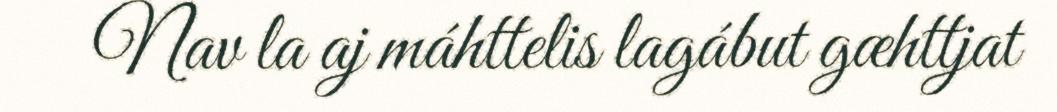
Nav la aj máhttelis lagábut gæhttjat